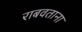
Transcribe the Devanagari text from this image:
राबवताना